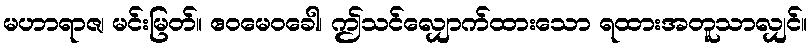
မဟာရာဇ၊ မင်းမြတ်။ ဧဝမေဝခေါ၊ ဤသင်လျှောက်ထားသော ရထားအတူသာလျှင်။